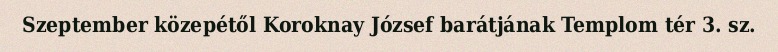
Szeptember közepétől Koroknay József barátjának Templom tér 3. sz.